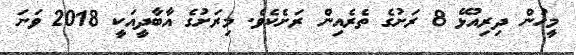
މީހުން ދިރިއުޅޭ 8 ރަށުގެ ތެރެއިން ރަށެކެވެ. މިރަށުގެ އާބާދީއަކީ 2018 ވަނަ